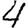
Digit: 4